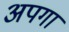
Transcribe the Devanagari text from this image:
अपगा